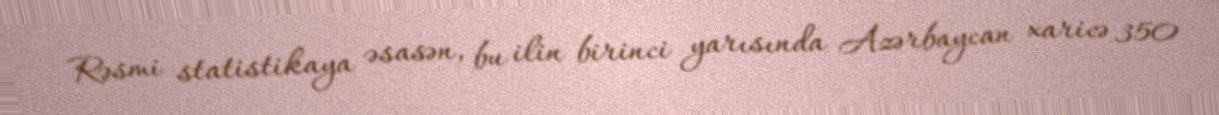
Rəsmi statistikaya əsasən, bu ilin birinci yarısında Azərbaycan xaricə 350